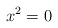
\begin{align*}x^2=0\end{align*}